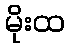
မိုးထ